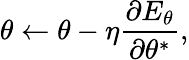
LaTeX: \theta\gets\theta-\eta\frac{\partial E_{\theta}}{\partial\theta^{*}},